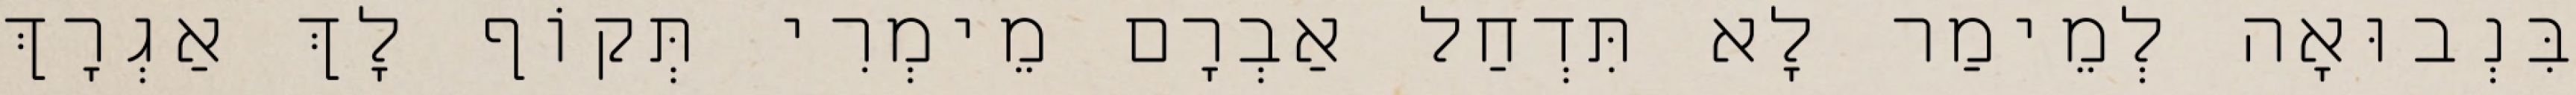
בִּנְבוּאָה לְמֵימַר לָא תִּדְחַל אַבְרָם מֵימְרִי תְּקוֹף לָךְ אַגְרָךְ